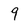
Character: 9